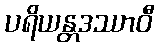
ပရိယန္တဒဿာဝီ